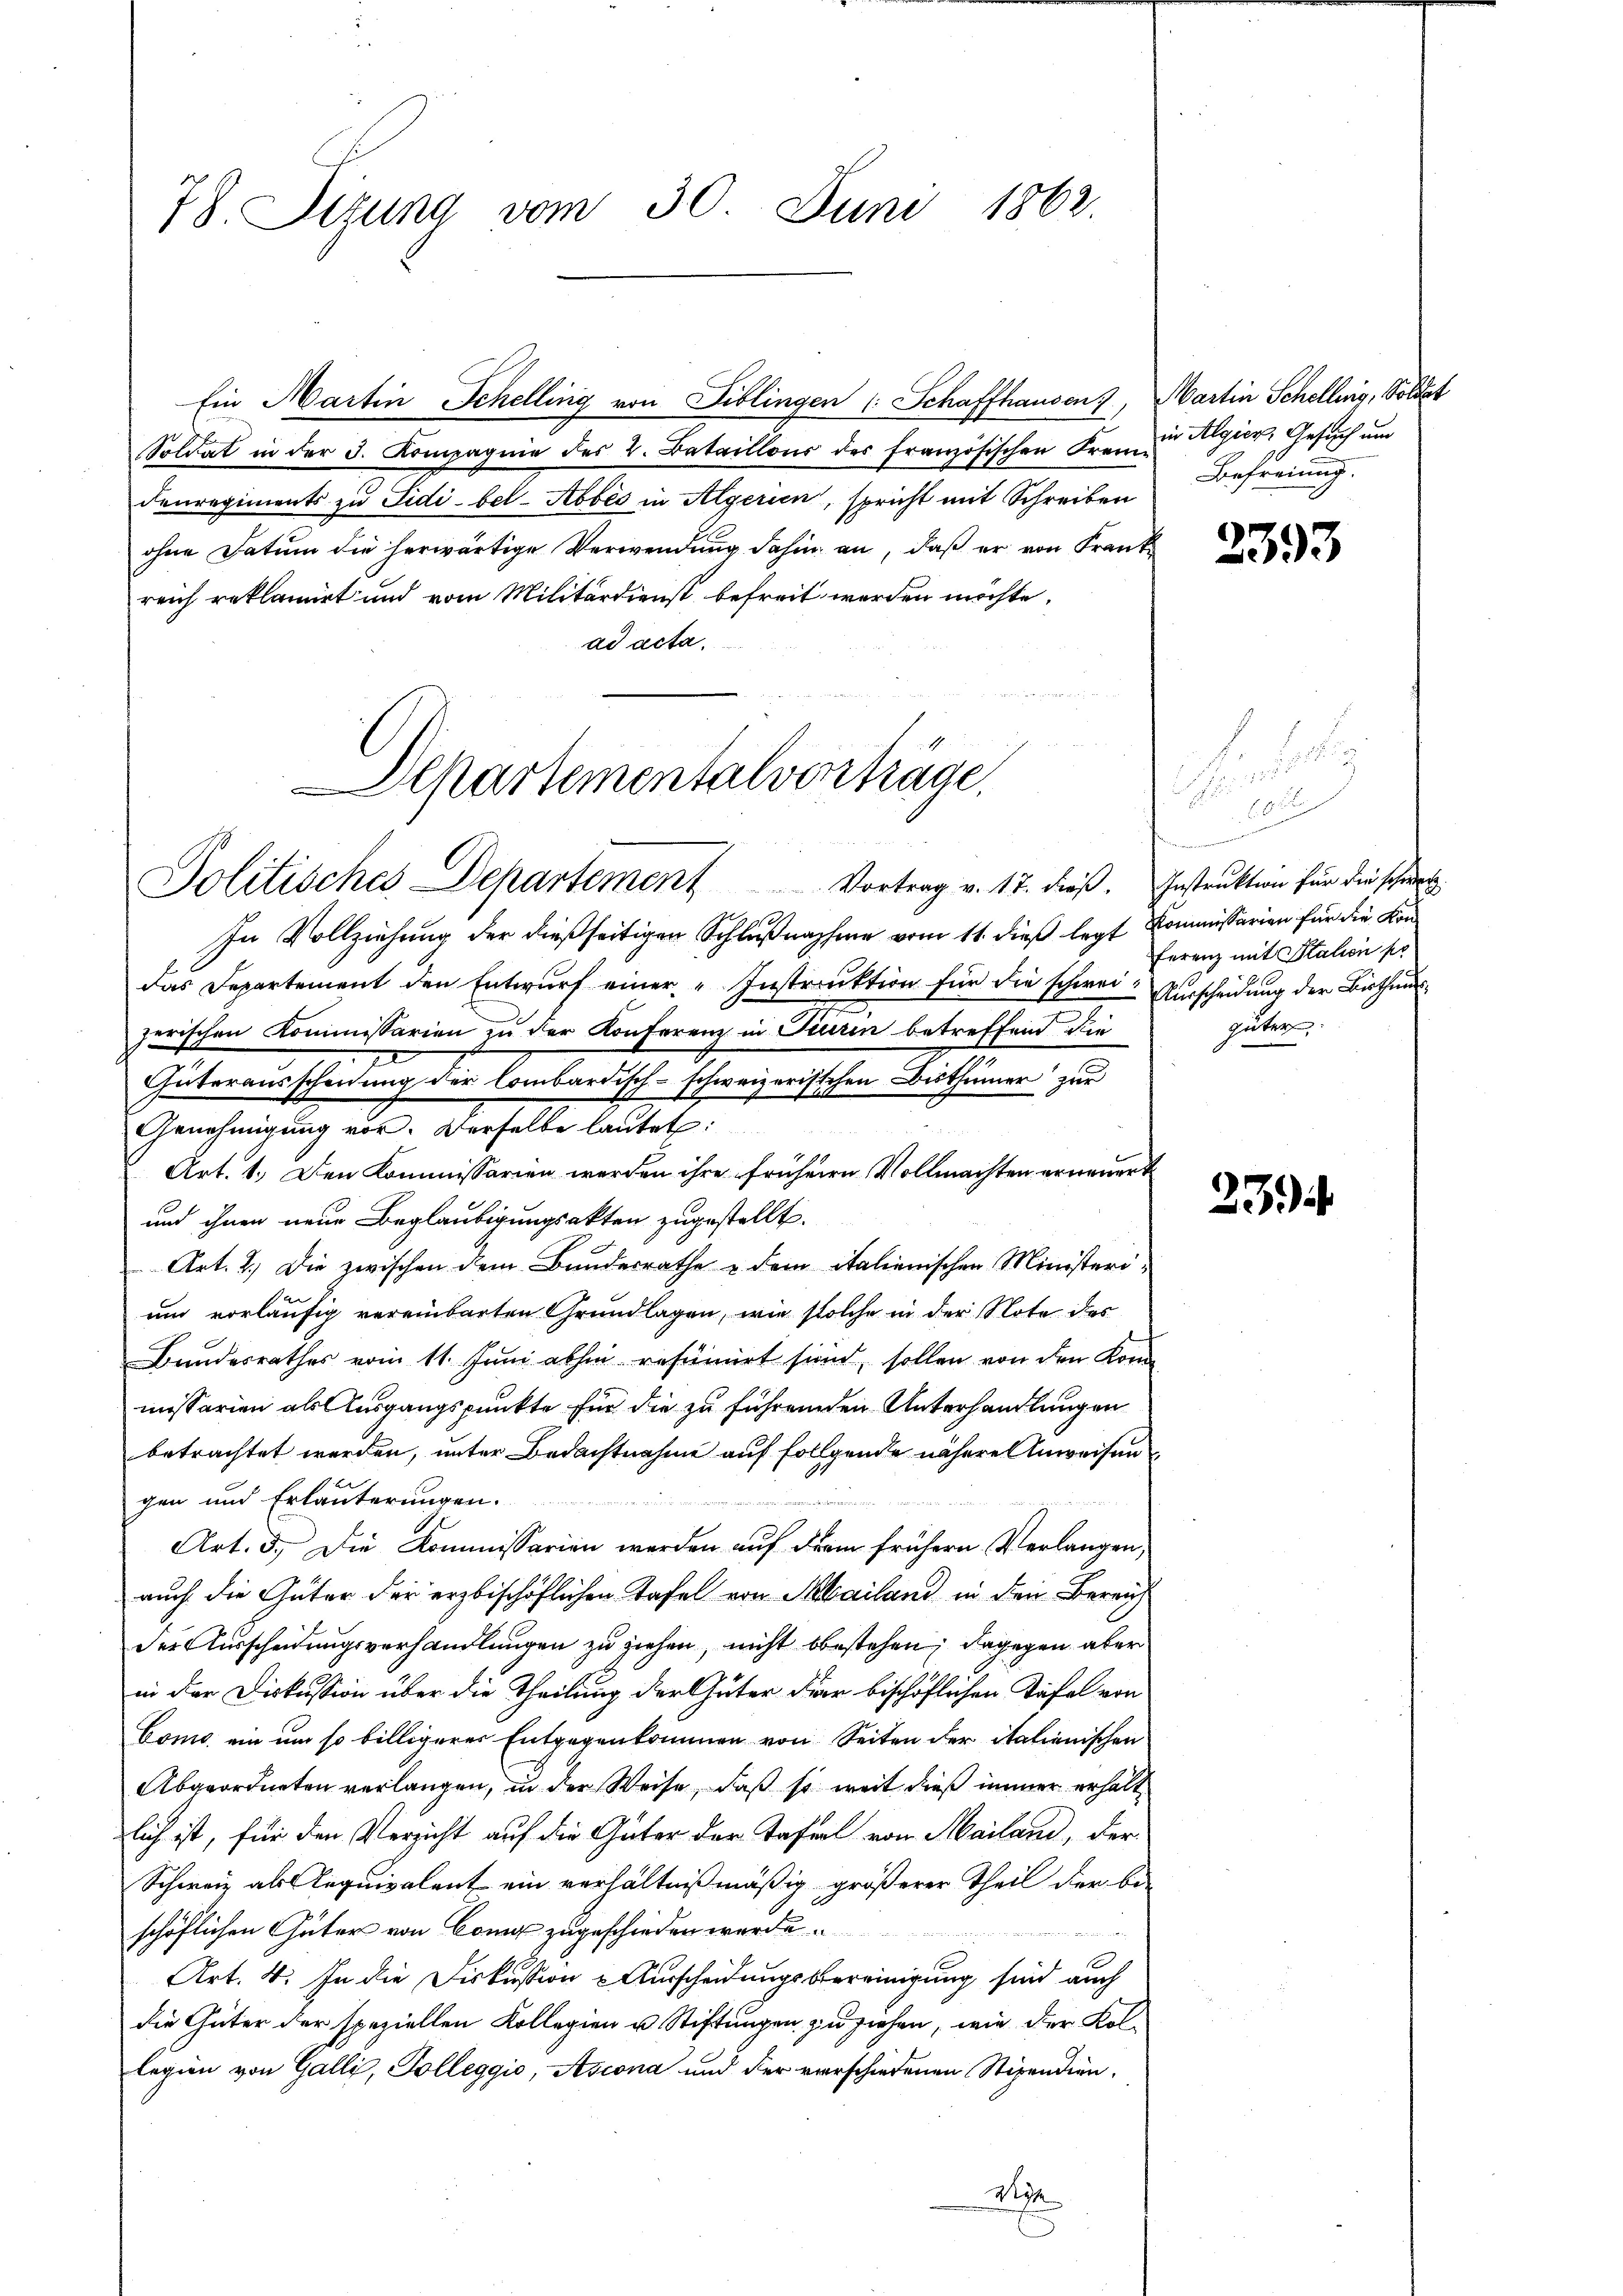
78. Sizung vom 30. Juni 1862.

Ein Martin Schelling von Biblingen (: Schaffhausen,
Soldat in der 3. Kompagnie des 2. Bataillons des französischen Franz Algier, Gesuch und
denregiments zu Sidi-bel- Abbes in Algerien, spricht mit Schreiben
ohne Datum die herwärtige Verwendung dahin an, daß er von Frank
reich reklamirt und vom Militärdienst befreit werden möchte.
ad acta.

Departementalverträge.

Politisches Departement Vortrag v. 17. dieß. Instruktion für die schwert
191
In Vollziehung der dießseitigen Schlußnahme vom 11. dieß legt Kommissarien für die Kondas Departement den Entwurf einer Instruktion für die schwei- Ausscheidung der Bisthenzerischen Kommissarien zu der Konferenz in Turin betreffend die
Güterausscheidung der Combardisch-schweizerischen Bisthümer zur
Genehmigung vor. Derselbe lautet:
Art. 1. Den Kommissarien werden ihre früheren Vollmachten erneuert
und ihnen neue Beglaubigungsakten zugestellt.
Art. 2.) Die zwischen dem Bundesrathe u dem italienischen Ministerium vorläufig vereinbarten Grundlagen, wie solche in der Note des
Bundesrathes vom 11. Juni abhin refumiert sind, sollen von den Konmissarien als Ausgangspunkte für die zu führenden Unterhandlungen
betrachtet werden, unter Bedachtnahme auf follgende nähere Anweisen
gen und Erläuterungen.
Art. 3. Die Kommissarien werden auf drei frühern Verlangen,
auch die Güter der erzbischöflichen Tafel von Mailand in den Bereich
der Ausscheidungsverhandlungen zu ziehen, nicht bestehen; dagegen aber
in der Diskussion über die Theilung der Güter Dir bischöflichen Täfel von
Como ein um so billigerer Entgegenkommen von Seiten der italienischen
Abgeordneten verlangen, in der Weise, daß so weit dieß immer erhältlich ist, für den Verzicht auf die Güter der Tafel von Mailand, der
Schweiz als Aequivalent ein verhältnißmäßig größerer Theil der be-
schöflichen Güter von Comi zugeschieden werde.

Art. 4. In die Diskussion & Ausscheidungsbereinigung sind auch
die Güter der speziellen Kollegien u. Stiftungen zu siehen, wie der Kollegien von Galli, Solleggio, Ascona und der verschiedenen Stipendien¬
Wyn

E

Martin Schellwig, Soldet
Befreiung.

2393

ferenz mit Station po

güter

234